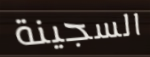
السجينة